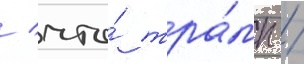
/ что́ тра́мп /